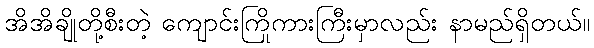
အိအိချိုတို့စီးတဲ့ ကျောင်းကြိုကားကြီးမှာလည်း နာမည်ရှိတယ်။